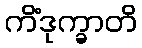
ကိံဒုက္ခာတိ